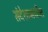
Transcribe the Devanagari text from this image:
संदेशामधील